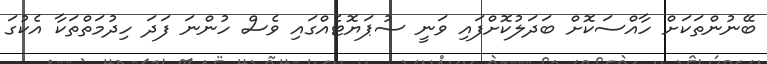
ބޭނުންތަކަށް ހާއްސަކޮށް ބަދަލުކޮށްފައި ވަނީ ސުޕަޔޮޓެއްގައި ވެސް ހުންނަ ފަދަ ހިދުމަަތްތަކާ އެކުގަ